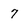
Character: 7